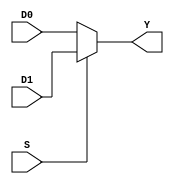
module TwoIn_Mux #(parameter width =32)
(
input wire [width-1:0]  D0, D1, 
input wire              S,
output wire [width-1:0] Y
);
assign Y = (S) ? D1:D0 ;
endmodule